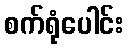
စက်ရုံပေါင်း